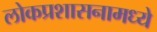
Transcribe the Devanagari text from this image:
लोकप्रशासनामध्ये